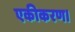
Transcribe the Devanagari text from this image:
एकीकरण।